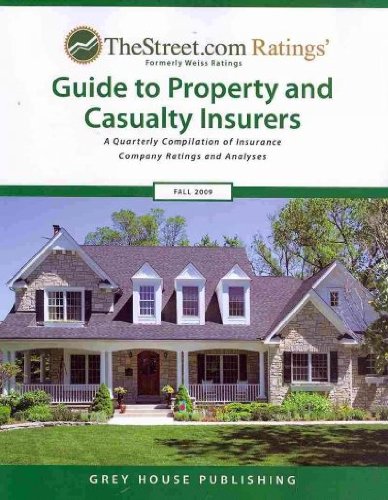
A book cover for TheStreet.com Ratings Guide to Property and Casualty Insurers: A Quarterly Compilation of Insurance Company Ratings and Analyses (Weiss Ratings Guide to Property & Casualty Insurers); Laura Mars-Proietti; Business & Money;